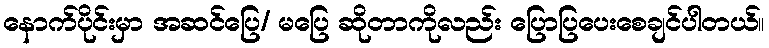
နောက်ပိုင်းမှာ အဆင်ပြေ/ မပြေ ဆိုတာကိုလည်း ပြောပြပေးစေချင်ပါတယ်။